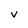
Character: V